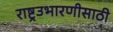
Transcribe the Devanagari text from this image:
राष्ट्रउभारणीसाठी